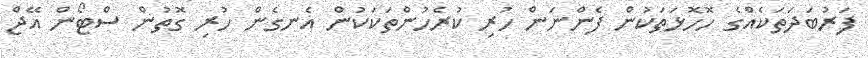
ފަރުބަދަތަކެއްގެ ހޮހޮޅަތަކުން ފެންނަން ހުރި ކުރެހުންތަކަކުން އެނގެން ހުރި ގޮތުން ސްޓޯން އޭޖް